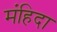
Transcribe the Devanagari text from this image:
मंहिदा